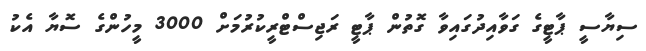
ސިޔާސީ ޕާޓީގެ ގަވާއިދުގައިވާ ގޮތުން ޕާޓީ ރަޖިސްޓްރީކުރުމަށް 3000 މީހުންގެ ސޮޔާ އެކު